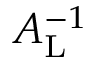
A _ { \mathrm { L } } ^ { - 1 }